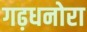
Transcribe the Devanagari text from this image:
गढ़धनोरा